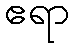
ဧရာ